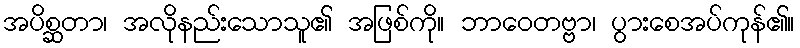
အပိစ္ဆတာ၊ အလိုနည်းသောသူ၏ အဖြစ်ကို။ ဘာဝေတဗ္ဗာ၊ ပွားစေအပ်ကုန်၏။